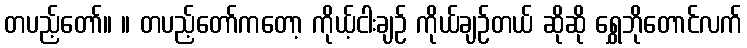
တပည့်တော်။ ။ တပည့်တော်ကတော့ ကိုယ့်ငါးချဉ် ကိုယ်ချဉ်တယ် ဆိုဆို ရွှေဘိုတောင်လက်